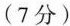
（7分）